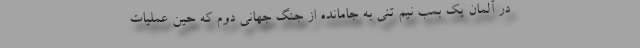
در آلمان یک بمب نیم تنی به جامانده از جنگ جهانی دوم که حین عملیات